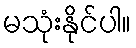
မသုံးနိုင်ပါ။